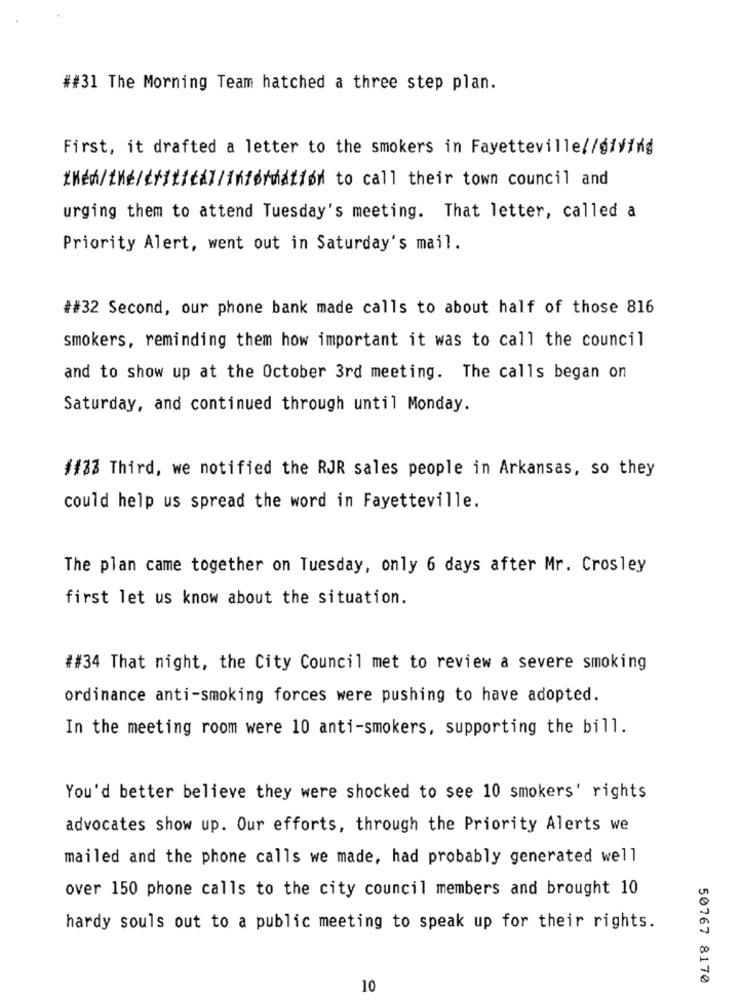
##31 The Morning Team hatched a three step plan.
First, it drafted a letter to the smokers in Fayetteville//giving
*Med/the/critical/inførdatiød to call their town council and
urging them to attend Tuesday's meeting. That letter, called a
Priority Alert, went out in Saturday's mail.
##32 Second, our phone bank made calls to about half of those 816
smokers, reminding them how important it was to call the council
and to show up at the October 3rd meeting. The calls began on
Saturday, and continued through until Monday.
##33 Third, we notified the RJR sales people in Arkansas, so they
could help us spread the word in Fayetteville.
The plan came together on Tuesday, only 6 days after Mr. Crosley
first let us know about the situation.
##34 That night, the City Council met to review a severe smoking
ordinance anti-smoking forces were pushing to have adopted.
In the meeting room were 10 anti-smokers, supporting the bill.
You'd better believe they were shocked to see 10 smokers' rights
advocates show up. Our efforts, through the Priority Alerts we
mailed and the phone calls we made, had probably generated well
over 150 phone calls to the city council members and brought 10
hardy souls out to a public meeting to speak up for their rights.
50767 8170
10